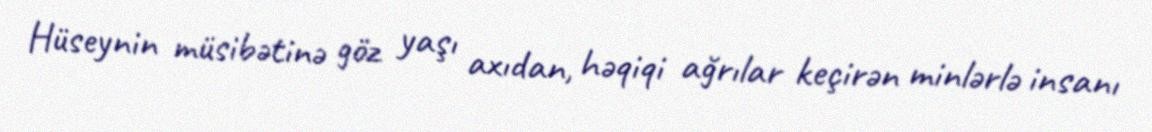
Hüseynin müsibətinə göz yaşı axıdan, həqiqi ağrılar keçirən minlərlə insanı